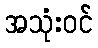
အသုံးဝင်